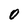
Character: O